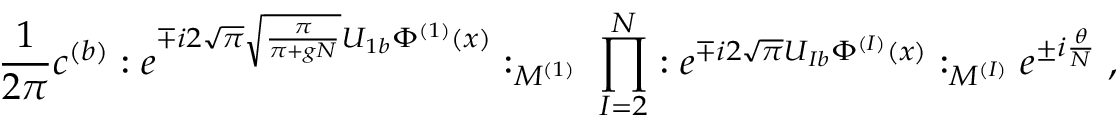
\frac { 1 } { 2 \pi } c ^ { ( b ) } : e ^ { \mp i 2 \sqrt { \pi } \sqrt { \frac { \pi } { \pi + g N } } U _ { 1 b } \Phi ^ { ( 1 ) } ( x ) } : _ { M ^ { ( 1 ) } } \; \prod _ { I = 2 } ^ { N } : e ^ { \mp i 2 \sqrt { \pi } U _ { I b } \Phi ^ { ( I ) } ( x ) } : _ { M ^ { ( I ) } } e ^ { \pm i \frac { \theta } { N } } \; ,